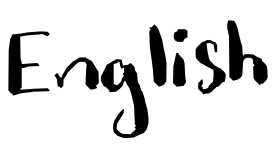
Text: English
Cross-out: clean
Writing tool: digital_black